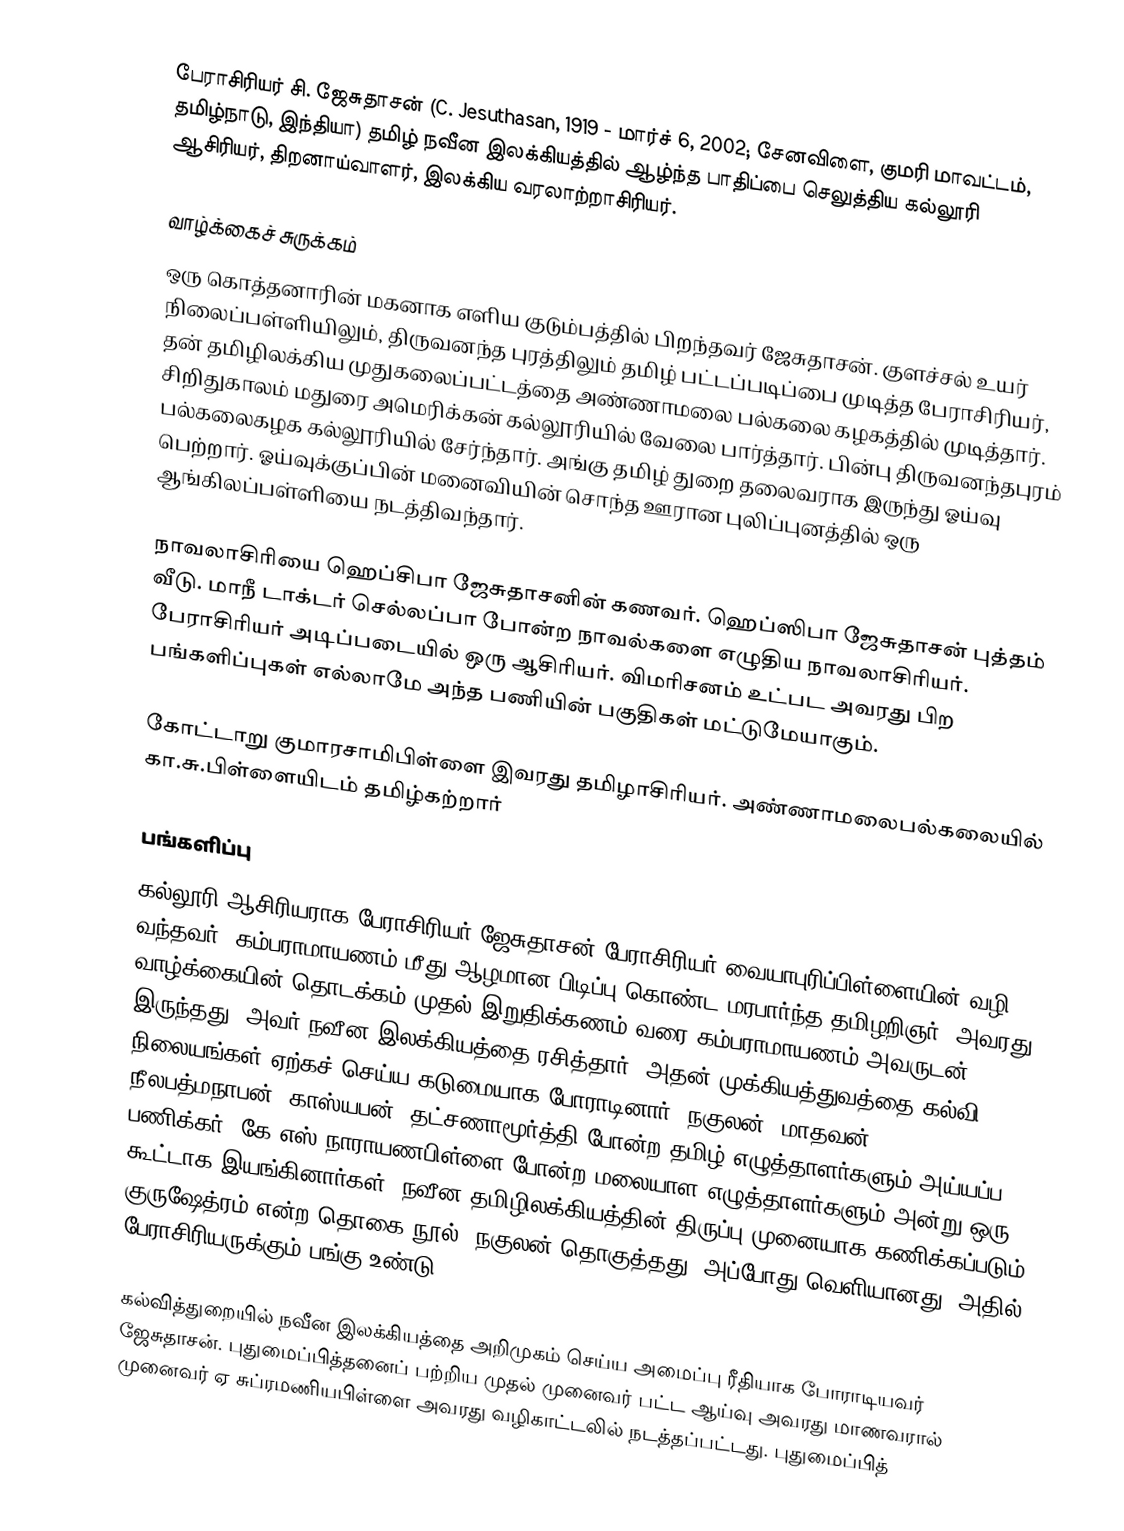
பேராசிரியர் சி. ஜேசுதாசன் (C. Jesuthasan, 1919 - மார்ச் 6, 2002; சேனவிளை, குமரி மாவட்டம், தமிழ்நாடு, இந்தியா) தமிழ் நவீன இலக்கியத்தில் ஆழ்ந்த பாதிப்பை செலுத்திய கல்லூரி ஆசிரியர், திறனாய்வாளர், இலக்கிய வரலாற்றாசிரியர்.

வாழ்க்கைச் சுருக்கம்
ஒரு கொத்தனாரின் மகனாக எளிய குடும்பத்தில் பிறந்தவர் ஜேசுதாசன்.  குளச்சல் உயர் நிலைப்பள்ளியிலும், திருவனந்த புரத்திலும் தமிழ் பட்டப்படிப்பை முடித்த பேராசிரியர், தன் தமிழிலக்கிய முதுகலைப்பட்டத்தை அண்ணாமலை பல்கலை கழகத்தில் முடித்தார். சிறிதுகாலம் மதுரை அமெரிக்கன் கல்லூரியில் வேலை பார்த்தார்.  பின்பு திருவனந்தபுரம் பல்கலைகழக  கல்லூரியில் சேர்ந்தார்.  அங்கு தமிழ் துறை தலைவராக இருந்து ஓய்வு பெற்றார். ஓய்வுக்குப்பின் மனைவியின் சொந்த ஊரான புலிப்புனத்தில் ஒரு ஆங்கிலப்பள்ளியை நடத்திவந்தார்.

நாவலாசிரியை ஹெப்சிபா ஜேசுதாசனின் கணவர். ஹெப்ஸிபா ஜேசுதாசன் புத்தம் வீடு. மாநீ டாக்டர் செல்லப்பா போன்ற நாவல்களை எழுதிய நாவலாசிரியர். பேராசிரியர் அடிப்படையில் ஒரு ஆசிரியர்.  விமரிசனம் உட்பட அவரது பிற பங்களிப்புகள்  எல்லாமே அந்த பணியின் பகுதிகள் மட்டுமேயாகும்.

கோட்டாறு குமாரசாமிபிள்ளை இவரது தமிழாசிரியர். அண்ணாமலைபல்கலையில் கா.சு.பிள்ளையிடம் தமிழ்கற்றார்

பங்களிப்பு
கல்லூரி ஆசிரியராக பேராசிரியர் ஜேசுதாசன் பேராசிரியர் வையாபுரிப்பிள்ளையின் வழி வந்தவர். கம்பராமாயணம் மீது  ஆழமான பிடிப்பு கொண்ட மரபார்ந்த தமிழறிஞர். அவரது வாழ்க்கையின் தொடக்கம் முதல் இறுதிக்கணம் வரை கம்பராமாயணம் அவருடன் இருந்தது. அவர் நவீன இலக்கியத்தை ரசித்தார், அதன் முக்கியத்துவத்தை கல்வி நிலையங்கள் ஏற்கச் செய்ய கடுமையாக போராடினார்.  நகுலன், மாதவன், நீலபத்மநாபன், காஸ்யபன், தட்சணாமூர்த்தி போன்ற தமிழ் எழுத்தாளர்களும் அய்யப்ப பணிக்கர், கே எஸ் நாராயணபிள்ளை போன்ற மலையாள  எழுத்தாளர்களும் அன்று ஒரு கூட்டாக இயங்கினார்கள்.  நவீன தமிழிலக்கியத்தின் திருப்பு முனையாக கணிக்கப்படும் குருஷேத்ரம் என்ற தொகை நூல் (நகுலன் தொகுத்தது) அப்போது வெளியானது.  அதில் பேராசிரியருக்கும் பங்கு உண்டு.

கல்வித்துறையில் நவீன இலக்கியத்தை அறிமுகம் செய்ய அமைப்பு ரீதியாக போராடியவர் ஜேசுதாசன். புதுமைப்பித்தனைப் பற்றிய முதல் முனைவர் பட்ட ஆய்வு அவரது மாணவரால் முனைவர் ஏ  சுப்ரமணியபிள்ளை அவரது வழிகாட்டலில்  நடத்தப்பட்டது. புதுமைப்பித்